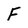
Character: F